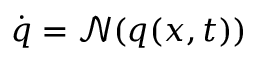
\dot { \boldsymbol { q } } = \mathcal { N } ( \boldsymbol { q } ( \boldsymbol { x } , t ) )